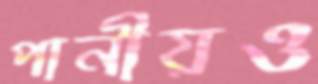
পানীয়ও